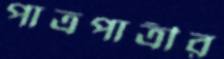
পাত্রপাত্রীর